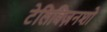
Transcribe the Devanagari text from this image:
टेलिविज़नशो